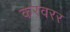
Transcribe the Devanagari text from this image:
करवरर